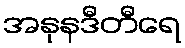
အနုနဒီတီရေ